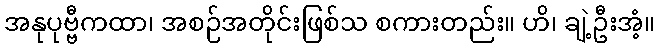
အနုပုဗ္ဗီကထာ၊ အစဉ်အတိုင်းဖြစ်သ စကားတည်း။ ဟိ၊ ချဲ့ဦးအံ့။